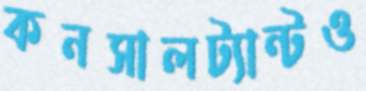
কনসালট্যান্টও